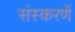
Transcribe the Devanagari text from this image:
संस्करणें